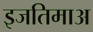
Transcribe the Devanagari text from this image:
इजतिमाअ